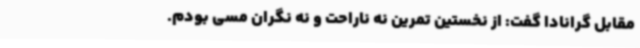
مقابل گرانادا گفت: از نخستین تمرین نه ناراحت و نه نگران مسی بودم.